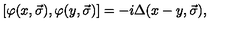
\left[ \varphi ( x , \vec { \sigma } ) , \varphi ( y , \vec { \sigma } ) \right] = - i \Delta ( x - y , \vec { \sigma } ) ,